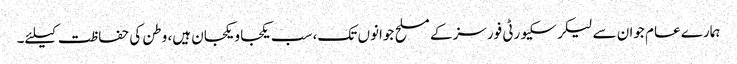
ہمارے عام جوان سے لیکر سکیورٹی فورسز کے مسلح جوانوں تک، سب یکجا و یکجان ہیں، وطن کی حفاظت کیلئے۔